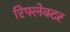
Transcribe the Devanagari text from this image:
रिफ्लेक्‍टर